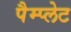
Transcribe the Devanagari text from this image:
पैम्प्लेट